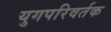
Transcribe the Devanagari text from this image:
युगपरिवर्तक